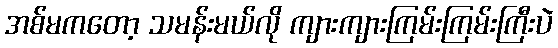
အစ်မကတော့ သမန်းမယ်လို ကျားကျားကြမ်းကြမ်းကြီးပဲ